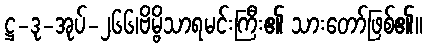
ဋ္ဌ-ဒု-အုပ်-၂၆၆၊ဗိမ္ဗိသာရမင်းကြီး၏ သားတော်ဖြစ်၏။